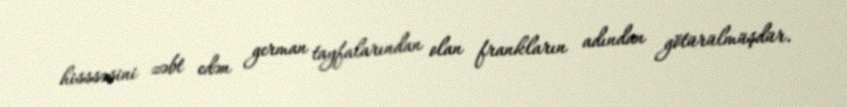
hisssəsini zəbt edən german tayfalarından olan frankların adından götürülmüşdür.